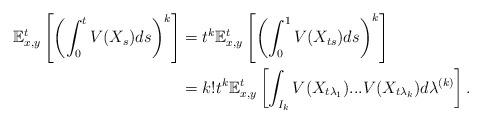
LaTeX: \begin{align*}\mathbb{E}^{t}_{x,y}\left[\left( \int_{0}^{t}V(X_s)ds\right)^k\right]&=t^{k}\mathbb{E}^{t}_{x,y}\left[\left( \int_{0}^{1}V(X_{ts})ds\right)^k\right] \\ &=k!t^{k}\mathbb{E}^{t}_{x,y}\left[\int_{I_{k}}V(X_{t\lambda_1})...V(X_{t\lambda_{k}})d\lambda^{(k)}\right].\end{align*}